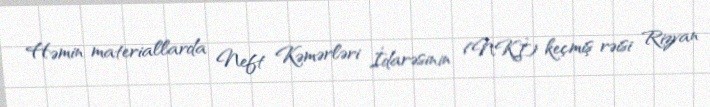
Həmin materiallarda Neft Kəmərləri İdarəsinin (NKİ) keçmiş rəisi Rizvan